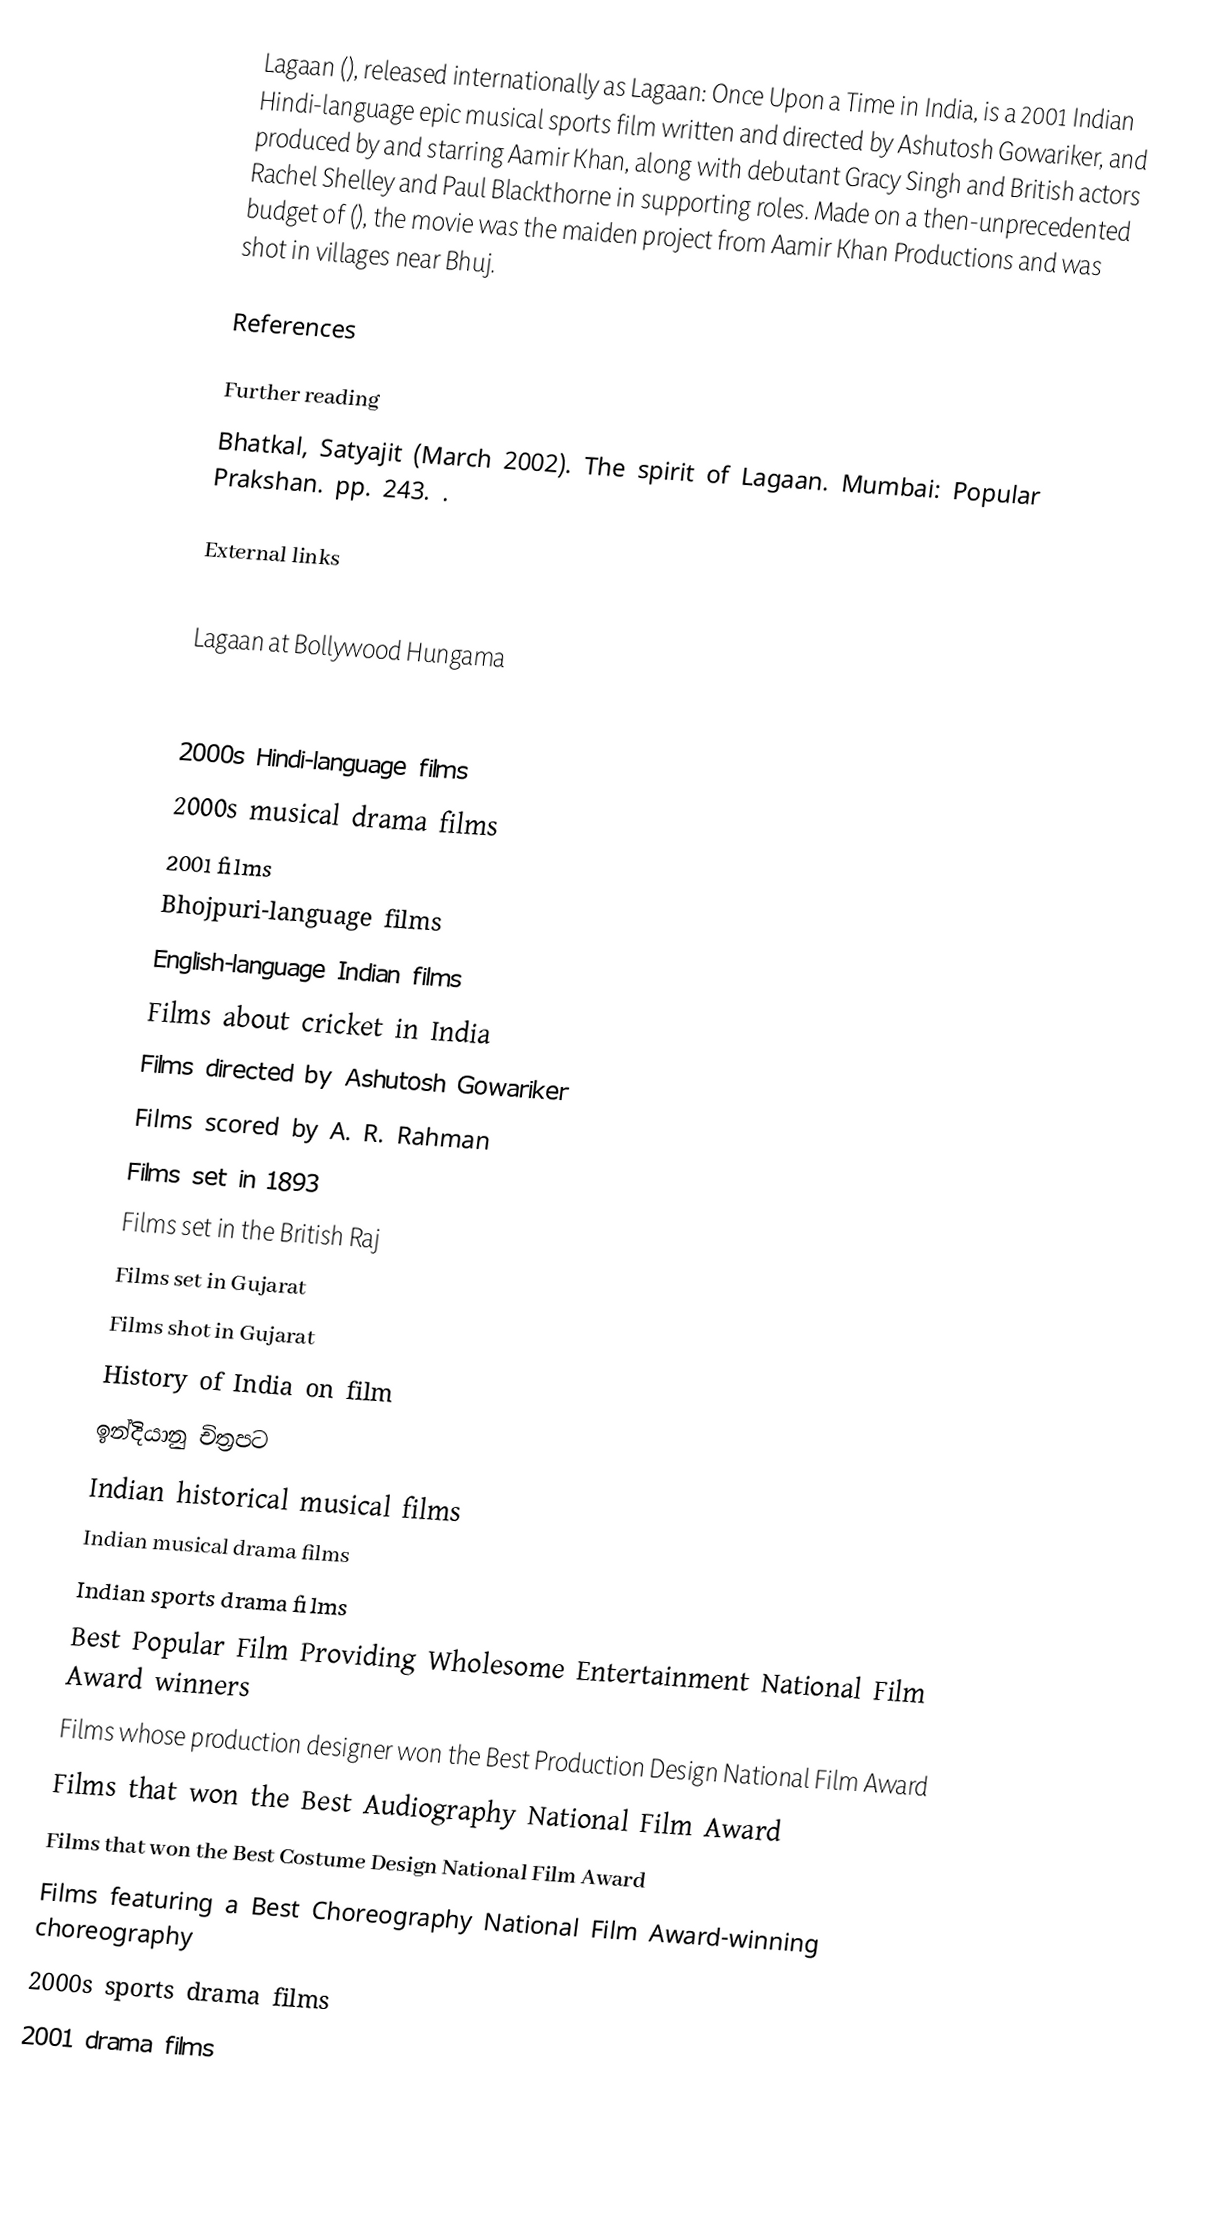
Lagaan (), released internationally as Lagaan: Once Upon a Time in India, is a 2001 Indian Hindi-language epic musical sports film written and directed by Ashutosh Gowariker, and produced by and starring Aamir Khan, along with debutant Gracy Singh and British actors Rachel Shelley and Paul Blackthorne in supporting roles. Made on a then-unprecedented budget of  (), the movie was the maiden project from Aamir Khan Productions and was shot in villages near Bhuj.

References

Further reading
 Bhatkal, Satyajit (March 2002). The spirit of Lagaan. Mumbai: Popular Prakshan. pp. 243. .

External links

 Lagaan at Bollywood Hungama

2000s Hindi-language films
2000s musical drama films
2001 films
Bhojpuri-language films
English-language Indian films
Films about cricket in India
Films directed by Ashutosh Gowariker
Films scored by A. R. Rahman
Films set in 1893
Films set in the British Raj
Films set in Gujarat
Films shot in Gujarat
History of India on film
ඉන්දියානු චිත්‍රපට
Indian historical musical films
Indian musical drama films
Indian sports drama films
Best Popular Film Providing Wholesome Entertainment National Film Award winners
Films whose production designer won the Best Production Design National Film Award
Films that won the Best Audiography National Film Award
Films that won the Best Costume Design National Film Award
Films featuring a Best Choreography National Film Award-winning choreography
2000s sports drama films
2001 drama films